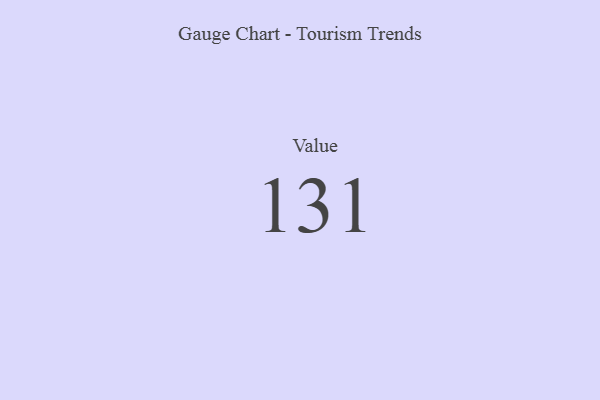
{"axis": {"x": "Metric", "y": "Value"}, "legend": [""], "data": [{"x": "Value", "y": 131, "type": ""}]}